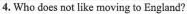
4. Who does not like moving to England?